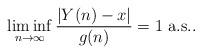
LaTeX: \begin{align*}\liminf_{n \to \infty}\frac{|Y(n)-x|}{g(n)} = 1 \mbox{ a.s.}.\end{align*}